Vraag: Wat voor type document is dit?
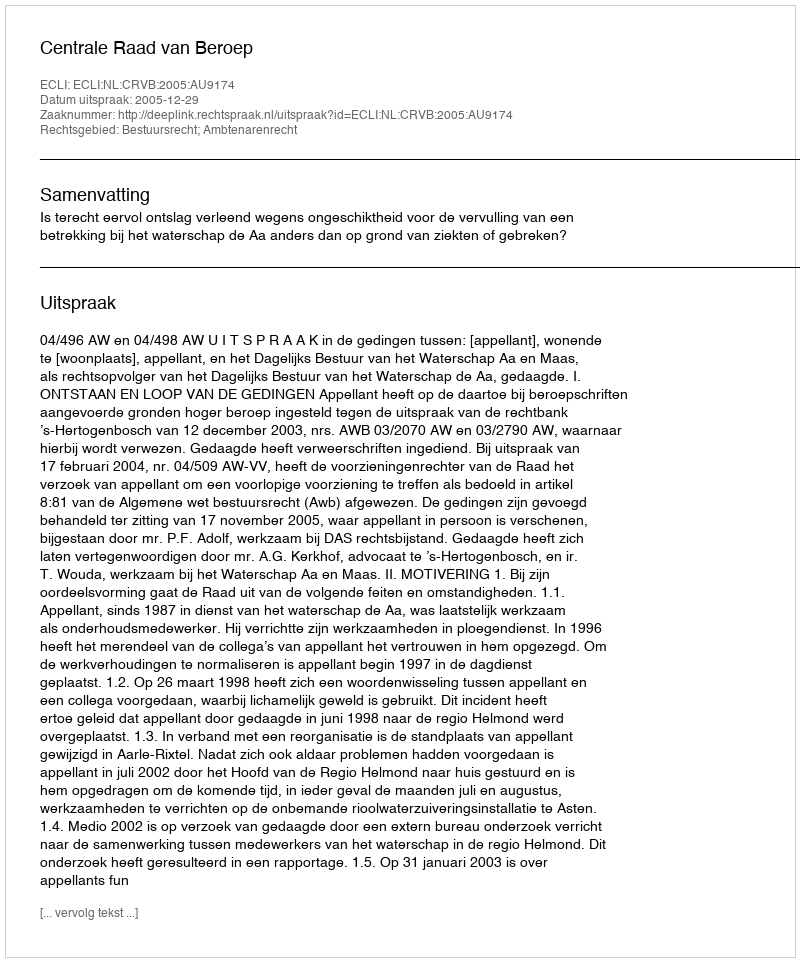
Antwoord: Uitspraak